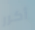
أكرر